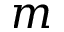
m